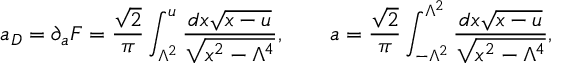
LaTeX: a _ { D } = \partial _ { a } { \cal F } = { \frac { \sqrt 2 } { \pi } } \int _ { \Lambda ^ { 2 } } ^ { u } { \frac { d x \sqrt { x - u } } { \sqrt { x ^ { 2 } - { \Lambda ^ { 4 } } } } } , \qquad a = { \frac { \sqrt 2 } { \pi } } \int _ { - { \Lambda ^ { 2 } } } ^ { \Lambda ^ { 2 } } { \frac { d x \sqrt { x - u } } { \sqrt { x ^ { 2 } - { \Lambda ^ { 4 } } } } } ,